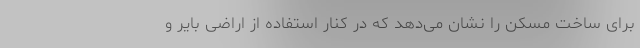
برای ساخت مسکن را نشان می‌دهد که در کنار استفاده از اراضی بایر و